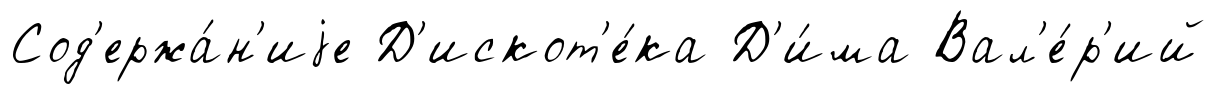
Сод'ержа́н'иjе Д'искот'е́ка Д'и́ма Вал'е́р'ий